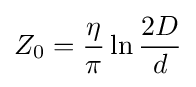
Z_{0}={\frac {\eta }{\pi }}\ln {\frac {2D}{d}}